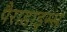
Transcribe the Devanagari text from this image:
पैराडाइम्स